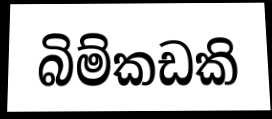
බිම්කඩකි